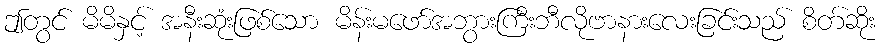
ဤတွင် မိမိနှင့် အနီးဆုံးဖြစ်သော မိန်းမဖော်အဘွားကြီးဘီလိုဗာနားလေးခြင်းသည် စိတ်ဆိုး